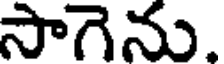
సాగెను.